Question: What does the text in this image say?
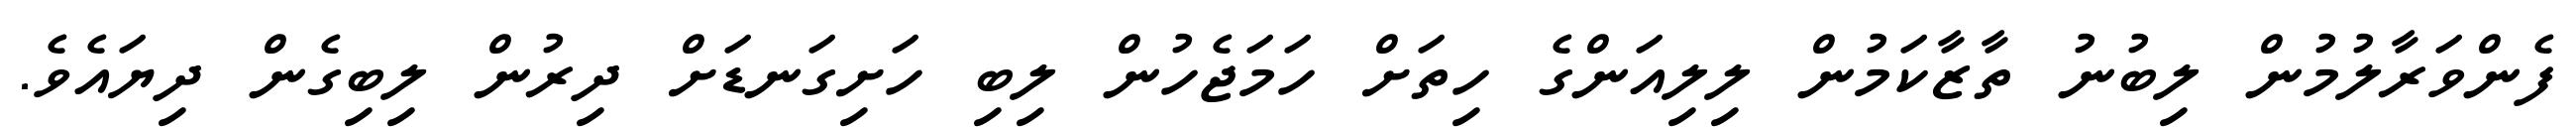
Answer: ފެންވަރާލުމުން ލިބުނު ތާޒާކަމުން ލިލިއަންގެ ހިތަށް ހަމަޖެހުން ލިބި ހަށިގަނޑަށް ދިރުން ލިބިގެން ދިޔައެވެ.